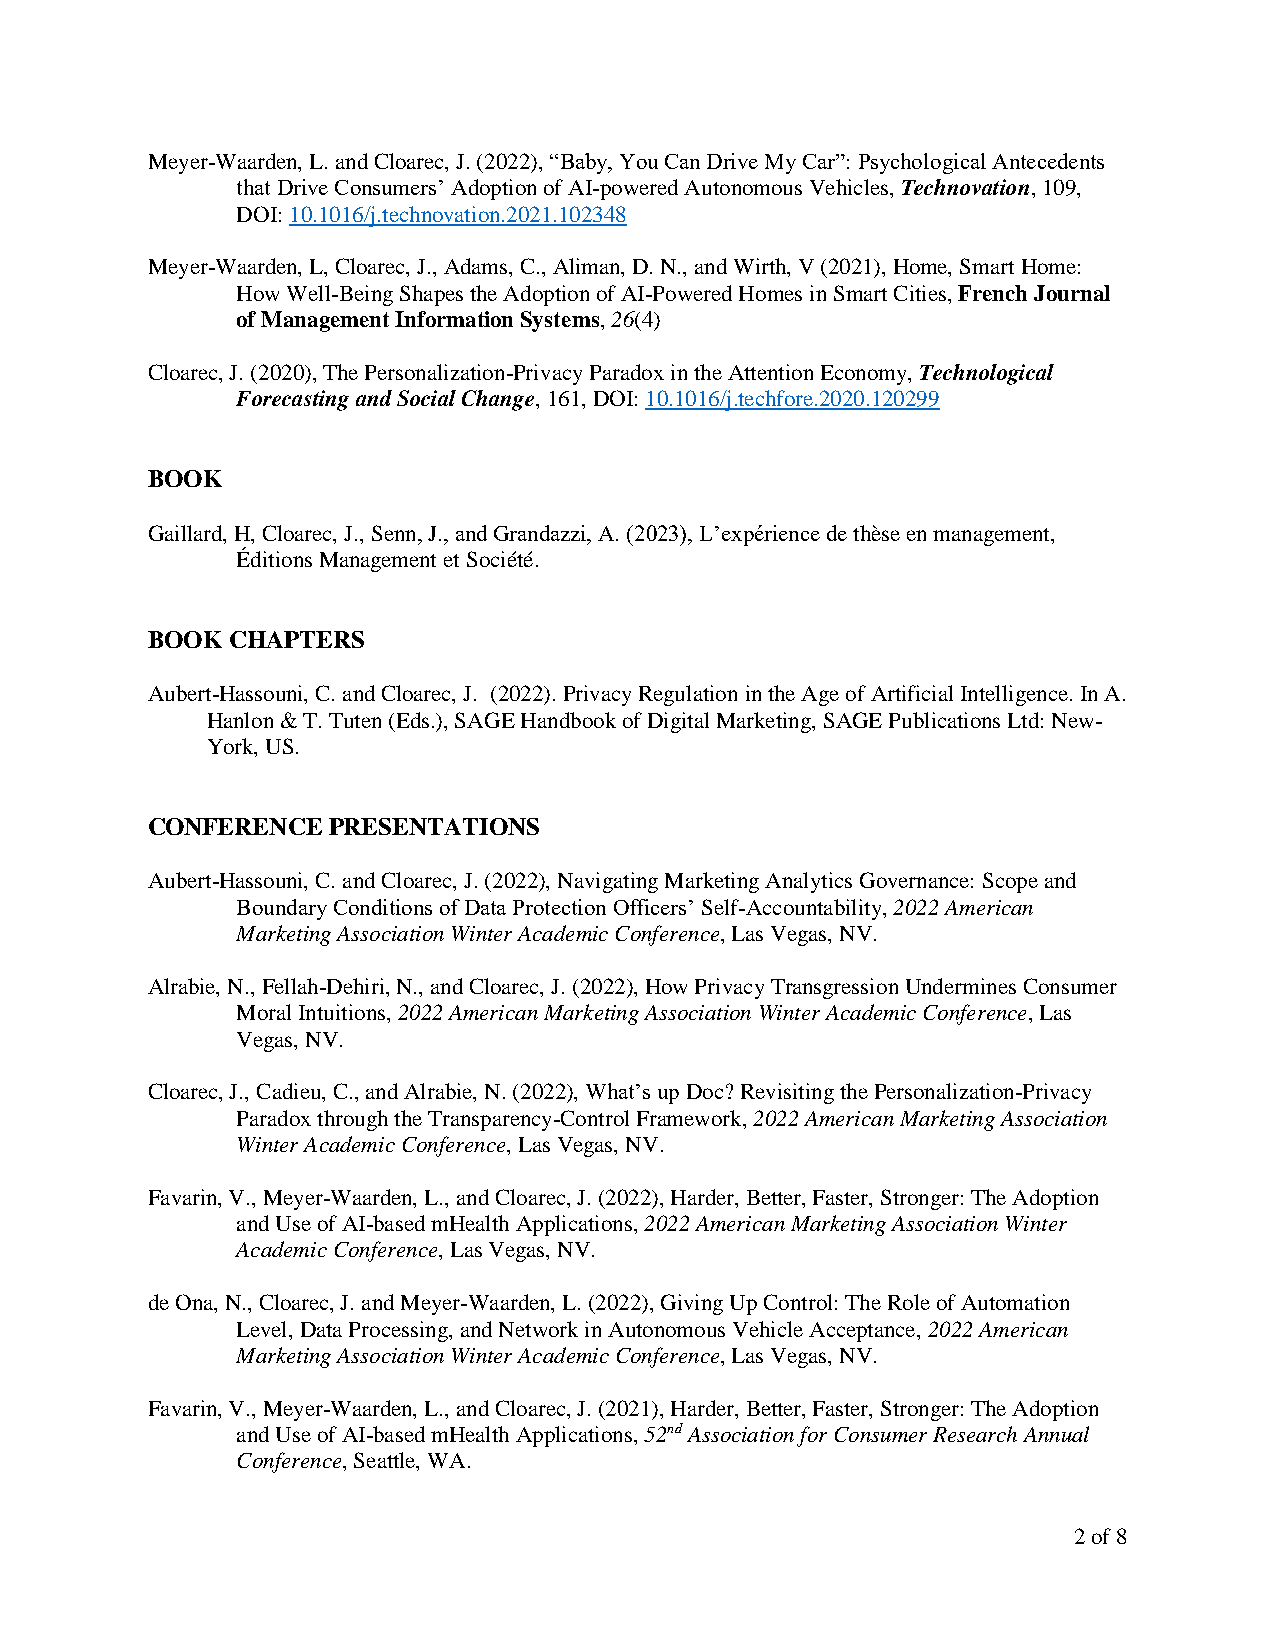
Meyer-Waarden, L. and Cloarec, J. (2022), “Baby, You Can Drive My Car”: Psychological Antecedents
 that Drive Consumers’ Adoption of AI-powered Autonomous Vehicles, Technovation, 109,
 DOI: 10.1016/j.technovation.2021.102348
 Meyer-Waarden, L, Cloarec, J., Adams, C., Aliman, D. N., and Wirth, V (2021), Home, Smart Home:
 How Well-Being Shapes the Adoption of AI-Powered Homes in Smart Cities, French Journal
 of Management Information Systems, 26(4)
 Cloarec, J. (2020), The Personalization-Privacy Paradox in the Attention Economy, Technological
 Forecasting and Social Change, 161, DOI: 10.1016/j.techfore.2020.120299
 BOOK
 Gaillard, H, Cloarec, J., Senn, J., and Grandazzi, A. (2023), L’expérience de thèse en management,
 Éditions Management et Société.
 BOOK CHAPTERS
 Aubert-Hassouni, C. and Cloarec, J. (2022). Privacy Regulation in the Age of Artificial Intelligence. In A.
 Hanlon & T. Tuten (Eds.), SAGE Handbook of Digital Marketing, SAGE Publications Ltd: New-
 York, US.
 CONFERENCE  PRESENTATIONS
 Aubert-Hassouni, C. and Cloarec, J. (2022), Navigating Marketing Analytics Governance: Scope and
 Boundary Conditions of Data Protection Officers’ Self-Accountability, 2022 American
 Marketing Association Winter Academic Conference, Las Vegas, NV.
 Alrabie, N., Fellah-Dehiri, N., and Cloarec, J. (2022), How Privacy Transgression Undermines Consumer
 Moral Intuitions, 2022 American Marketing Association Winter Academic Conference, Las
 Vegas, NV.
 Cloarec, J., Cadieu, C., and Alrabie, N. (2022), What’s up Doc? Revisiting the Personalization-Privacy
 Paradox through the Transparency-Control Framework, 2022 American Marketing Association
 Winter Academic Conference, Las Vegas, NV.
 Favarin, V., Meyer-Waarden, L., and Cloarec, J. (2022), Harder, Better, Faster, Stronger: The Adoption
 and Use of AI-based mHealth Applications, 2022 American Marketing Association Winter
 Academic Conference, Las Vegas, NV.
 de Ona, N., Cloarec, J. and Meyer-Waarden, L. (2022), Giving Up Control: The Role of Automation
 Level, Data Processing, and Network in Autonomous Vehicle Acceptance, 2022 American
 Marketing Association Winter Academic Conference, Las Vegas, NV.
 Favarin, V., Meyer-Waarden, L., and Cloarec, J. (2021), Harder, Better, Faster, Stronger: The Adoption
 and Use of AI-based mHealth Applications, 52nd Association for Consumer Research Annual
 Conference, Seattle, WA.
 2 of 8